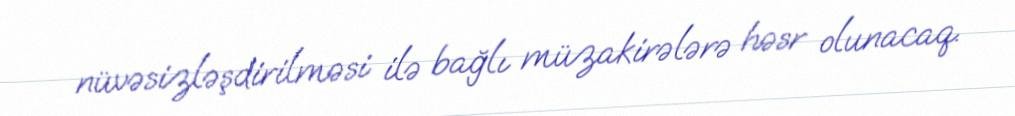
nüvəsizləşdirilməsi ilə bağlı müzakirələrə həsr olunacaq.